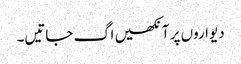
دیواروں پر آنکھیں اگ جاتیں۔